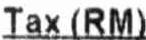
TAX (RM)